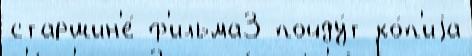
старшин'е́ ф'ильма3 пойду́т ко́п'иjа